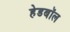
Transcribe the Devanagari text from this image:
हेडबॉल